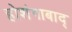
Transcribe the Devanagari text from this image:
होशंगाबाद्